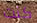
كنت